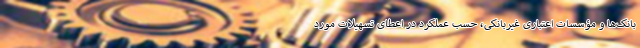
بانک‌ها و مؤسسات اعتباری غیربانکی، حسب عملکرد در اعطای تسهیلات مورد